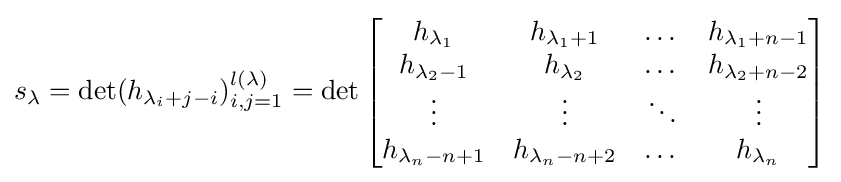
s_{\lambda }=\det(h_{\lambda _{i}+j-i})_{i,j=1}^{l(\lambda )}=\det \left[{\begin{matrix}h_{\lambda _{1}}&h_{\lambda _{1}+1}&\dots &h_{\lambda _{1}+n-1}\\h_{\lambda _{2}-1}&h_{\lambda _{2}}&\dots &h_{\lambda _{2}+n-2}\\\vdots &\vdots &\ddots &\vdots \\h_{\lambda _{n}-n+1}&h_{\lambda _{n}-n+2}&\dots &h_{\lambda _{n}}\end{matrix}}\right]